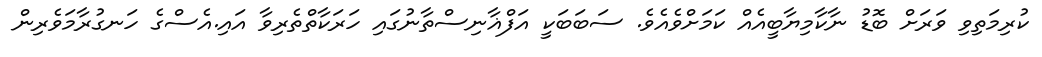
ކުރިމަތިވި ވަރަށް ބޮޑު ނާކާމިޔާބީއެއް ކަމަށްވެއެވެ. ސަބަބަކީ އަފްޣާނިސްތާނުގައި ހަރަކާތްތެރިވާ އައި.އެސްގެ ހަނގުރާމަވެރިން